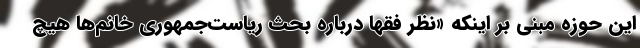
این حوزه مبنی بر اینکه «نظر فقها درباره بحث ریاست‌جمهوری خانم‌ها هیچ